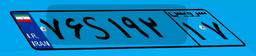
۷۶S۱۹۲۱۷